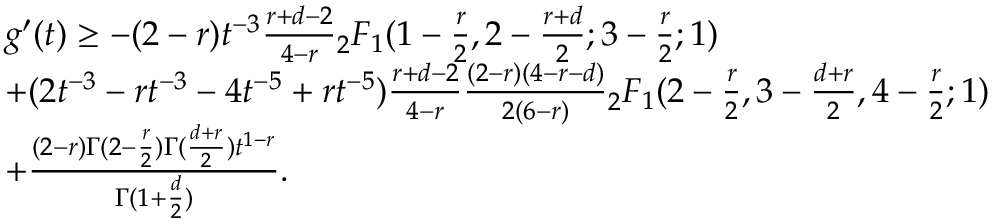
\begin{array} { r l } & { g ^ { \prime } ( t ) \geq - ( 2 - r ) t ^ { - 3 } \frac { r + d - 2 } { 4 - r } { _ 2 F _ { 1 } } ( 1 - \frac { r } { 2 } , 2 - \frac { r + d } { 2 } ; 3 - \frac { r } { 2 } ; 1 ) } \\ & { + ( 2 t ^ { - 3 } - r t ^ { - 3 } - 4 t ^ { - 5 } + r t ^ { - 5 } ) \frac { r + d - 2 } { 4 - r } \frac { ( 2 - r ) ( 4 - r - d ) } { 2 ( 6 - r ) } { _ 2 F _ { 1 } } ( 2 - \frac { r } { 2 } , 3 - \frac { d + r } { 2 } , 4 - \frac { r } { 2 } ; 1 ) } \\ & { + \frac { ( 2 - r ) \Gamma ( 2 - \frac { r } 2 ) \Gamma ( \frac { d + r } { 2 } ) t ^ { 1 - r } } { \Gamma ( 1 + \frac { d } { 2 } ) } . } \end{array}